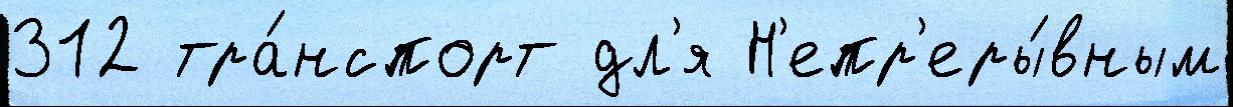
312 тра́нспорт дл'я Н'епр'еры́вным